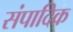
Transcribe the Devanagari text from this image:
संपादिक